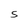
Character: S